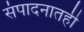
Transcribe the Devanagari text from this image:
संपादनातही